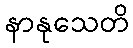
နာနုသေတိ